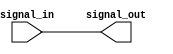
module active_high_buffer(
    input wire signal_in,
    output reg signal_out
);

always @ (signal_in)
begin
    signal_out = signal_in;
end

endmodule